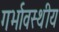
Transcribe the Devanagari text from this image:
गर्भावस्थीय